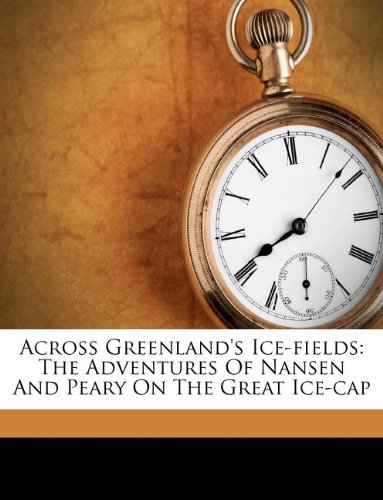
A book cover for Across Greenland's Ice-fields: The Adventures Of Nansen And Peary On The Great Ice-cap; Mary Douglas; History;